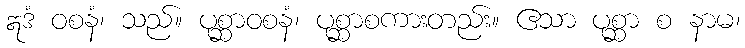
ဣဒံ ဝစနံ၊ သည်။ ပုစ္ဆာဝစနံ၊ ပုစ္ဆာစကားတည်း။ ဧသာ ပုစ္ဆာ စ နာမ၊